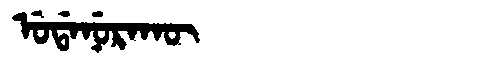
Manchu: ᡠᡩᠠᠨᡠᡵᠠᡴᡡ
Romanization: UDANURAKŪ